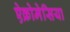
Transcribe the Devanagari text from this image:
ऐक्रोमेसिया